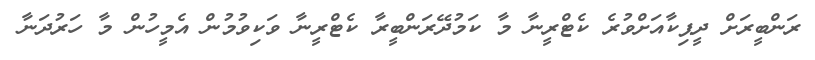
ރަންބީރަށް ދީޕިކާއަށްވުރެ ކެޓްރީނާ މާ ކަމުދޭރަންބީރާ ކެޓްރީނާ ވަކިވުމުން އެމީހުން މާ ހަރުދަނާ